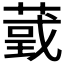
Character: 𦸴